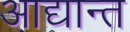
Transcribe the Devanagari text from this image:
आद्यान्त